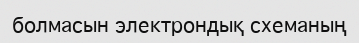
болмасын электрондық схеманың